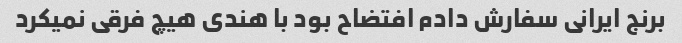
برنج ایرانی سفارش دادم افتضاح بود با هندی هیچ فرقی نمیکرد